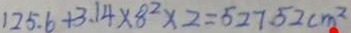
1 2 5 . 6 + 3 . 1 4 \times 8 ^ { 2 } \times 2 = 5 2 7 . 5 2 c m ^ { 2 }